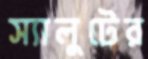
স্যালুটের